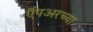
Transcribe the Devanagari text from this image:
ऍंपअरच्या